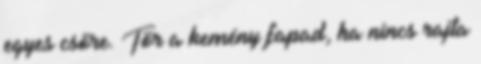
egyes csőre. Tör a kemény fapad, ha nincs rajta